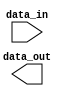
module parameterized_module #(parameter WIDTH = 8, parameter SIZE = 4)(
    input [WIDTH-1:0]  data_in,
    output [WIDTH-1:0]  data_out
);

// User-defined logic here
// Customize module functionality based on parameters
// Perform desired operation in a parameterized manner

endmodule